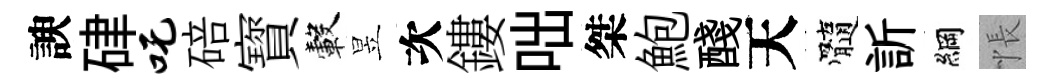
諛硉吒碚寳轂昱次鏤咄桀鮑醆天髓訢綱悵